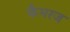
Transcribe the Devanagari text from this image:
कैमरज